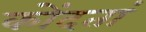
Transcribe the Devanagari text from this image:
कोंदतां